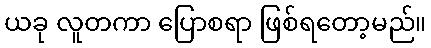
ယခု လူတကာ ပြောစရာ ဖြစ်ရတော့မည်။